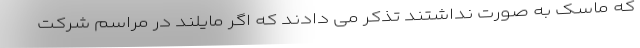
که ماسک به صورت نداشتند تذکر می دادند که اگر مایلند در مراسم شرکت